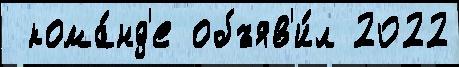
 кома́нд'е объяв'и́л 2022